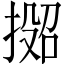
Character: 𫽟